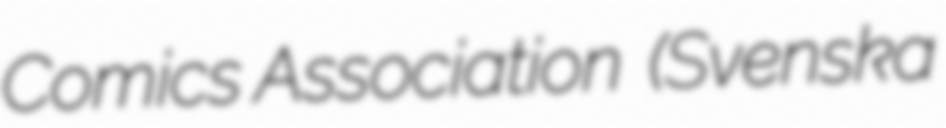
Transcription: Comics Association  (Svenska